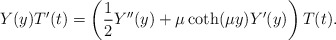
\begin{align*}Y(y) T'(t) = \left(\frac{1}{2} Y''(y) + \mu \coth(\mu y) Y'(y)\right) T(t).\end{align*}